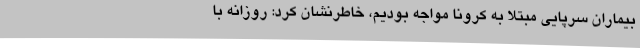
بیماران سرپایی مبتلا به کرونا مواجه بودیم، خاطرنشان کرد: روزانه با